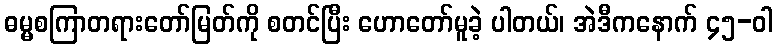
ဓမ္မစကြာတရားတော်မြတ်ကို စတင်ပြီး ဟောတော်မူခဲ့ ပါတယ်၊ အဲဒီကနောက် ၄၅-ဝါ